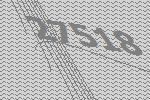
27518